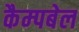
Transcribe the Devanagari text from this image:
कैम्‍पबेल